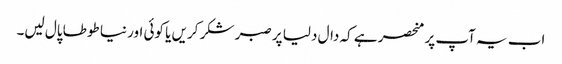
اب یہ آپ پر منحصر ہے کہ دال دلیا پر صبر شکر کریں یا کوئی اور نیا طوطا پال لیں۔